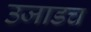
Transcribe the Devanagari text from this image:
उजाडच